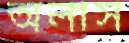
অলাস